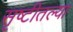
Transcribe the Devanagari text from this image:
सृष्टीतल्या